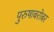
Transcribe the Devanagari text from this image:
पुरुषाबरोबर